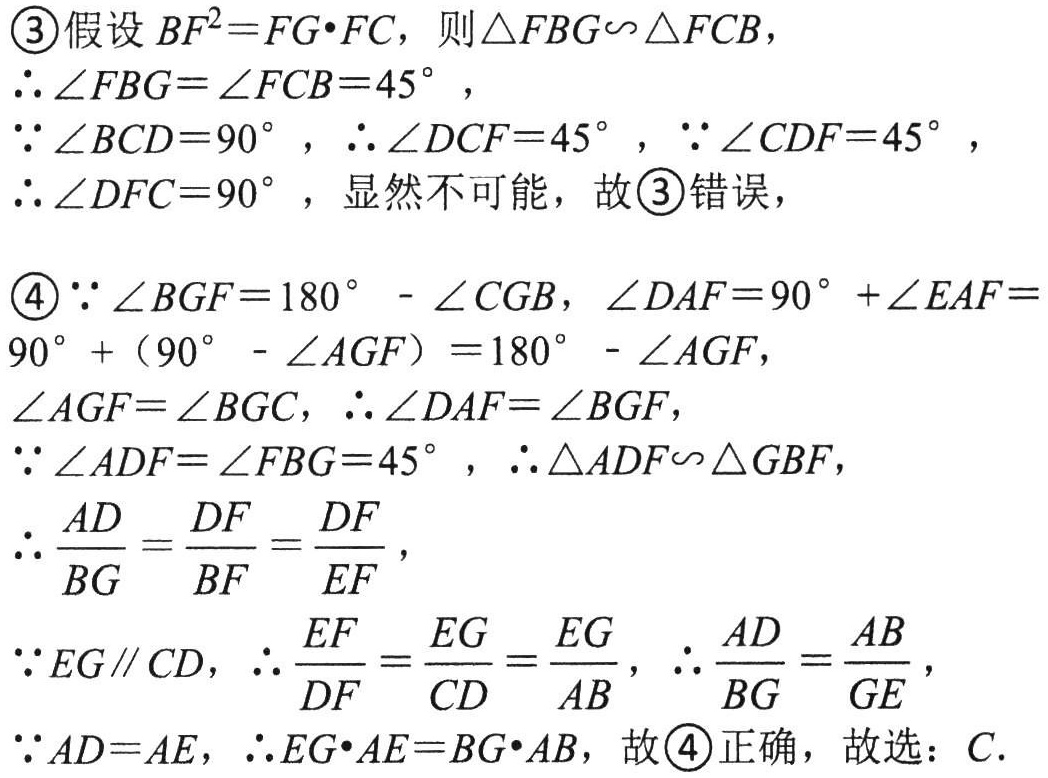
\textcircled{3}假设\(BF^{2}=FG\cdot FC\)，则\(\triangle FBG\sim\triangle FCB\)，
\(\therefore\angle FBG=\angle FCB = 45^{\circ}\)，
\(\because\angle BCD = 90^{\circ}\)，\(\therefore\angle DCF = 45^{\circ}\)，\(\because\angle CDF = 45^{\circ}\)，
\(\therefore\angle DFC = 90^{\circ}\)，显然不可能，故\textcircled{3}错误，
\textcircled{4}\(\because\angle BGF=180^{\circ}-\angle CGB\)，\(\angle DAF = 90^{\circ}+\angle EAF = 90^{\circ}+(90^{\circ}-\angle AGF)=180^{\circ}-\angle AGF\)，
\(\angle AGF=\angle BGC\)，\(\therefore\angle DAF=\angle BGF\)，
\(\because\angle ADF=\angle FBG = 45^{\circ}\)，\(\therefore\triangle ADF\sim\triangle GBF\)，
\(\therefore\frac{AD}{BG}=\frac{DF}{BF}=\frac{DF}{EF}\)，
\(\because EG\parallel CD\)，\(\therefore\frac{EF}{DF}=\frac{EG}{CD}=\frac{EG}{AB}\)，\(\therefore\frac{AD}{BG}=\frac{AB}{GE}\)，
\(\because AD = AE\)，\(\therefore EG\cdot AE=BG\cdot AB\)，故\textcircled{4}正确，故选：\(C\).